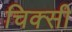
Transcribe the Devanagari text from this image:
चिक्सी